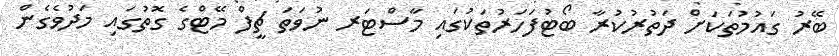
ބޭރު ގައުމުތަކަށް ދަތުރުކުރާ ބޯޓުފަހަރުތަކުގައި މާސްޓަރ ނުވަތަ ޗީފް މޭޓްގެ ގޮތުގައި މަދުވެގެން